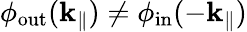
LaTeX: \phi_{\mathrm{out}}({\mathbf k}_{\parallel})\neq\phi_{\mathrm{in}}(-{\mathbf k}_{\parallel})